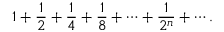
1 + { \frac { 1 } { 2 } } + { \frac { 1 } { 4 } } + { \frac { 1 } { 8 } } + \cdots + { \frac { 1 } { 2 ^ { n } } } + \cdots .